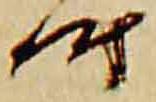
時